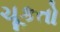
ચૂકતો